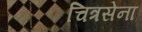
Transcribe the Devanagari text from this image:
चित्रसेना